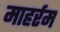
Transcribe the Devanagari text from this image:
माहर्रम